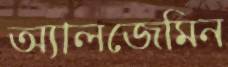
অ্যালজেমিন